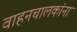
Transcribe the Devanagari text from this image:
वाहनचालकांना